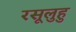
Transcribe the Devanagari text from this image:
रसूलुहु